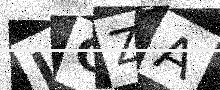
Text: JCZA